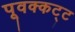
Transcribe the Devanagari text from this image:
पूवक्कट्ट